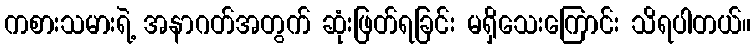
ကစားသမားရဲ့ အနာဂတ်အတွက် ဆုံးဖြတ်ရခြင်း မရှိသေးကြောင်း သိရပါတယ်။